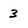
Character: 3